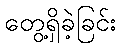
တွေ့ရှိခဲ့ခြင်း